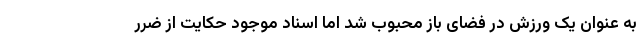
به عنوان یک ورزش در فضای باز محبوب شد اما اسناد موجود حکایت از ضرر